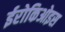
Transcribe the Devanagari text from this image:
ईरोकिओइस